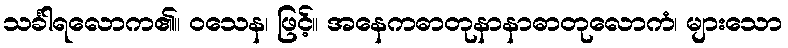
သင်္ခါရလောက၏။ ဝသေန၊ ဖြင့်။ အနေကဓာတုနာနာဓာတုလောကံ၊ များသော